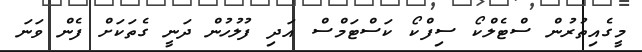
މީގެއިތުރުން ސްޓެލްކޯ ސިފްކޯ ކަސްޓަމްސް އަދި ފުލުހުން ދަނީ ގެތަކަށް ފެން ވަނަ